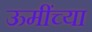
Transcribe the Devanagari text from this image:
ऊमींच्या